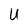
Character: U